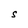
Character: S